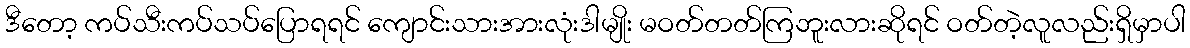
ဒီတော့ ကပ်သီးကပ်သပ်ပြောရရင် ကျောင်းသားအားလုံးဒါမျိုး မဝတ်တတ်ကြဘူးလားဆိုရင် ဝတ်တဲ့လူလည်းရှိမှာပါ